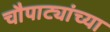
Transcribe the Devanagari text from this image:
चौपाट्यांच्या